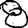
Digit: 8